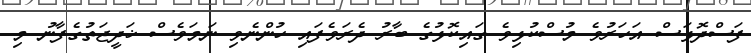
ފަސްދޮޅަސް އަހަރުވެ މުސްކުޅިވެ ގައިކޮޅުގެ ބާރު ދެރަވެފައި ހުންނެވި ނަމަވެސް ޚަދީޖަތުގެފާނު މި